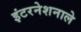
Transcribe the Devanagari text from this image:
इंटरनेशनाले